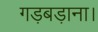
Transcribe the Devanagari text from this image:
गड़बड़ाना।